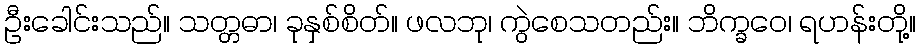
ဦးခေါင်းသည်။ သတ္တဓာ၊ ခုနှစ်စိတ်။ ဖလဘု၊ ကွဲစေသတည်း။ ဘိက္ခဝေ၊ ရဟန်းတို့။